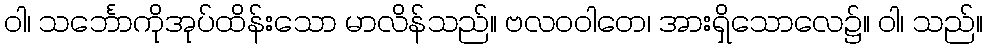
ဝါ၊ သင်္ဘောကိုအုပ်ထိန်းသော မာလိန်သည်။ ဗလဝဝါတေ၊ အားရှိသောလေ၌။ ဝါ၊ သည်။